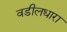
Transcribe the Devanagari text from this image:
वडीलधारा